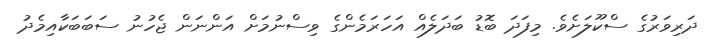
ދަރިވަރުގެ ސްކޫލަށެވެ. މިފަދަ ބޮޑު ބަދަލެއް އަހަރަމެންގެ ވިސްނުމަށް އަންނަން ޖެހުނު ސަބަބަކާއިމެދު